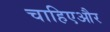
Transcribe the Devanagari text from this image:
चाहिएऔर